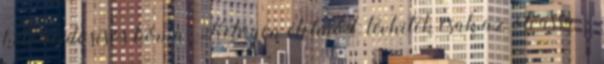
ketoacidosisos kóma. Ketogén életmód: tévhitek csak az olvassa —